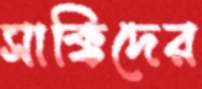
সাক্কিদের